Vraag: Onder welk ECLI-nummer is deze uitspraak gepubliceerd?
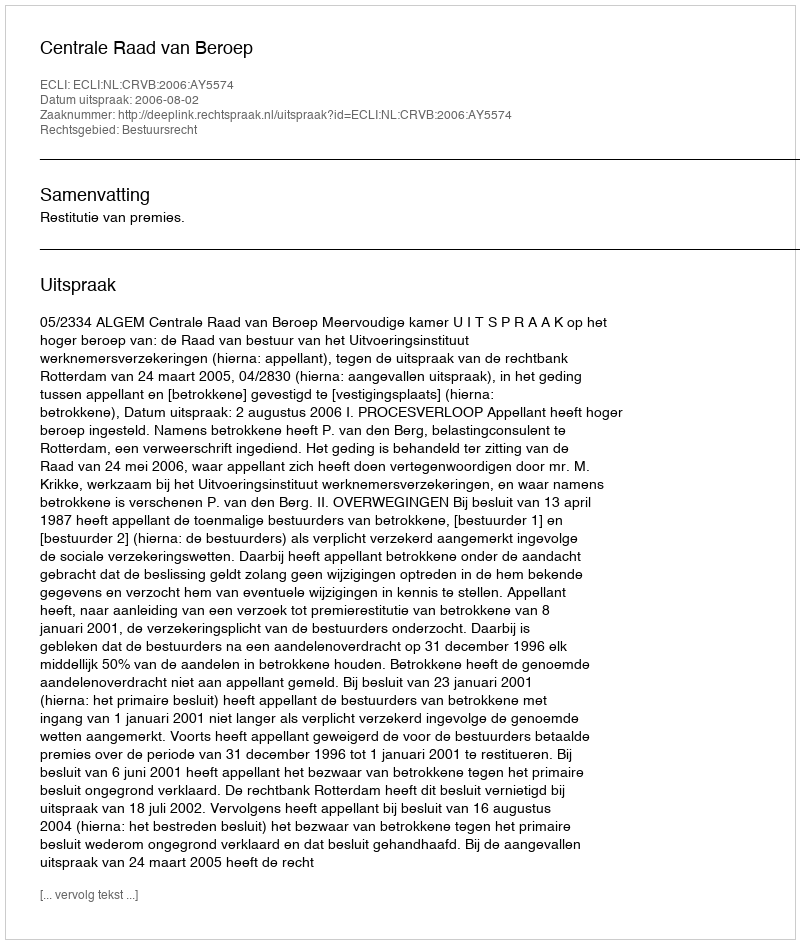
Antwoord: ECLI:NL:CRVB:2006:AY5574